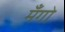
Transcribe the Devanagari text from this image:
मँगो